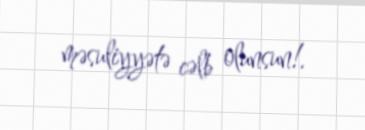
məsuliyyətə cəlb olunsun!.